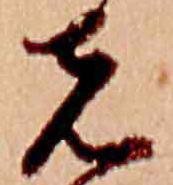
先